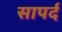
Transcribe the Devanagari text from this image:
सापर्द